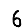
Digit: 6